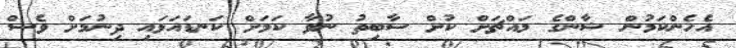
އެހެންކަމުން ޝާންގެ މައްޗަށް ކުށް ސާބިތު ނުވާ ކަމަށް ކަނޑައަޅައި ދިނުމަށް ވެސް